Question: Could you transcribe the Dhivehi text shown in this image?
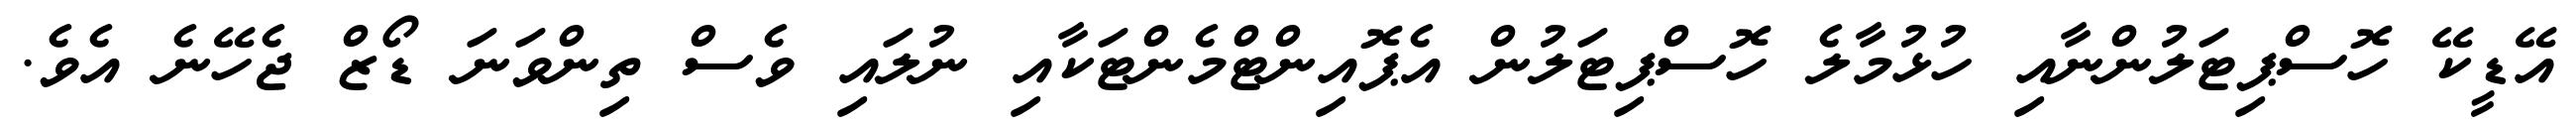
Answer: އޭޑީކޭ ހޮސްޕިޓަލުންނާއި ހުޅުމާލެ ހޮސްޕިޓަލުން އެޕޮއިންޓްމެންޓަކާއި ނުލައި ވެސް ތިންވަނަ ޑޯޒް ޖެހޭނެ އެވެ.